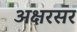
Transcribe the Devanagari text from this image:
अक्षरसर